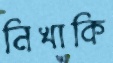
নিখাকি